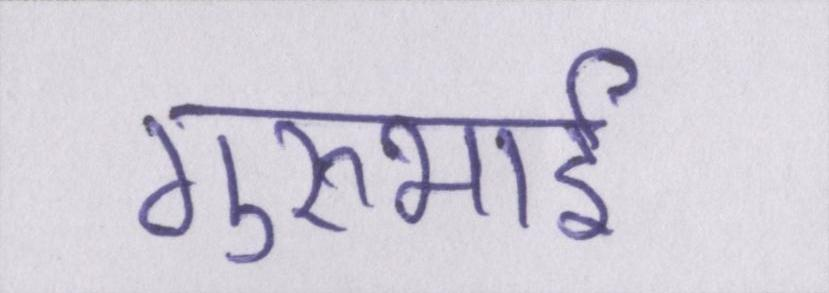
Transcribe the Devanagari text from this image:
गुरुभाई